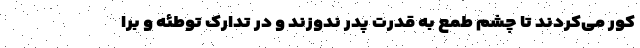
کور می‌کردند تا چشم طمع به قدرت پدر ندوزند و در تدارک توطئه و برا